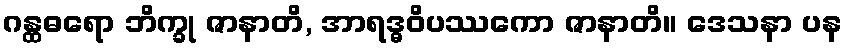
ဂန္ထဓရော ဘိက္ခု ဇာနာတိ, အာရဒ္ဓဝိပဿကော ဇာနာတိ။ ဒေသနာ ပန